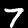
Label: 7